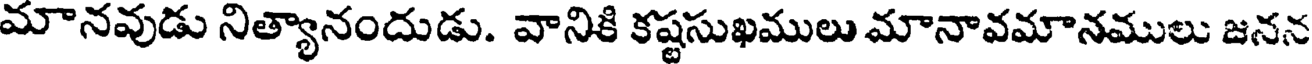
మానవుడు నిత్యానందుడు. వానికి కష్టసుఖములు మానావమానములు జనన